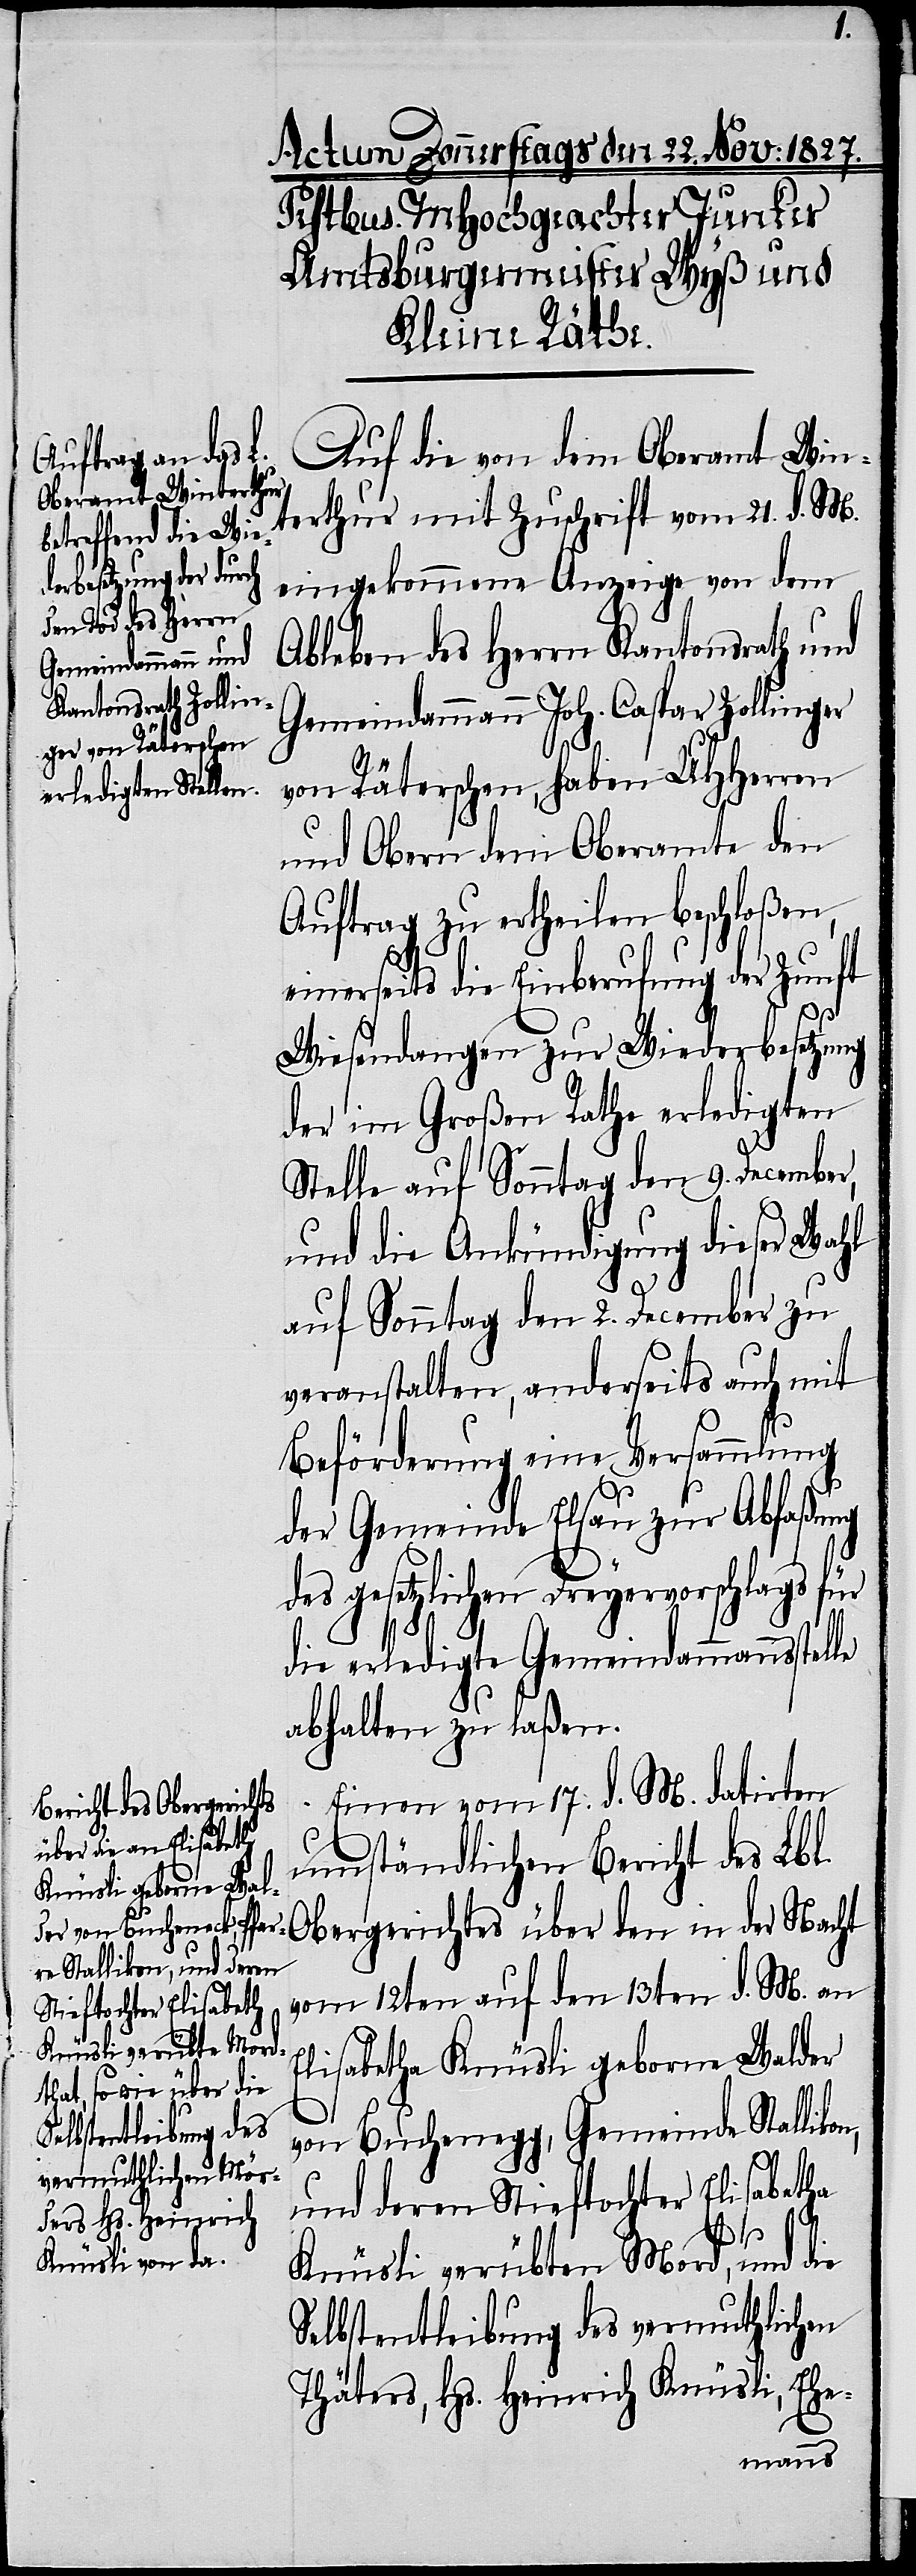
Auf die von dem Oberamt Win¬
terthur mit Zuschrift vom 21. d. M.
eingekommene Anzeige von dem
Ableben des Herrn Kantonsrath und
Gemeindammann Joh. Caspar Zollinger
von Räterschen, haben UHHerren
und Obern dem Oberamte den
Auftrag zu ertheilen beschloßen,
einerseits die Einberufung der Zunft
Wiesendangen zur Wiederbesetzung
der im Großen Rathe erledigten
Stelle auf Sonntag den 9. December,
und die Ankündigung dieser Wahl
auf Sonntag den 2. December zu
veranstalten, anderseits auch mit
Beförderung eine Versammlung
der Gemeinde Elsau zur Abfaßung
des gesetzlichen Dreyervorschlags für
die erledigte Gemeindammannsstelle
abhalten zu laßen.
Einen vom 17. d. M. datirten
umständlichen Bericht des Lbl.
Obergerichtes über den in der Nacht
vom 12ten auf den 13ten d. M. an
Elisabetha Knüsli geborne Walder
von Buchenegg, Gemeinde Stallikon,
und deren Stieftochter Elisabetha
Knüsli verübten Mord, und die
Selbstentleibung des vermuthlichen
Thäters, Hs. Heinrich Knüsli, Ehe-